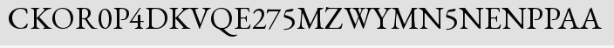
CKOR0P4DKVQE275MZWYMN5NENPPAA